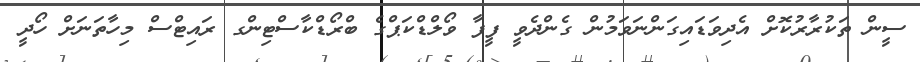
ސީން ތަކުރާރުކޮށް އެދިވަޑައިގަންނަވަމުން ގެންދެވީ ފީފާ ވޯލްޑްކަޕްގެ ބްރޯޑްކާސްޓިންގ ރައިޓްސް މިހާތަނަށް ހޯދީ